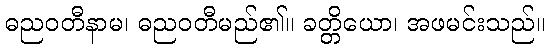
ဓညဝတီနာမ၊ ဓညဝတီမည်၏။ ခတ္တိယော၊ အဖမင်းသည်။